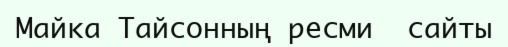
Майка Тайсонның ресми  сайты